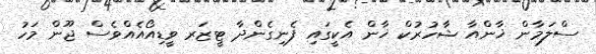
ސްލަމާން ޚާންއާ ޝާހުރުކް ޚާން އެކީގައި ފެނިގެންދާ ޓީޒަރ ވީޑިއޯއެއްވެސް ޖޫން މަހު